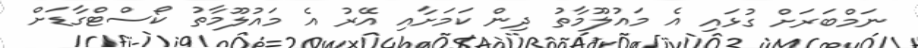
ނަމްބަރަށް ގުޅައި އެ މައުލޫމާތު ދިން ކަމަށާއި އޭރު އެ މައުލޫމާތު ކޯސްޓްގާޑަށް